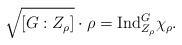
\begin{align*} \sqrt{[G:Z_\rho]}\cdot\rho=\mathrm{Ind}_{Z_\rho}^{G}\chi_\rho.\end{align*}